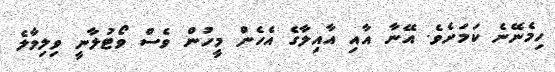
ހިމެނޭނެ ކަމަށެވެ. އޭނާ އާއި އާއިލާގެ އެހެން މީހުން ވެސް ވޯޓުލާނީ ވިލިމާލެ